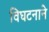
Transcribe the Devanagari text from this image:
विघटनाने